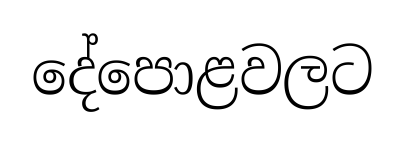
දේපොළවලට